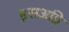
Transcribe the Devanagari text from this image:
इसअग्नि